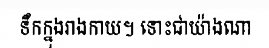
ទឹកក្នុងរាងកាយ។ ទោះជាយ៉ាងណា